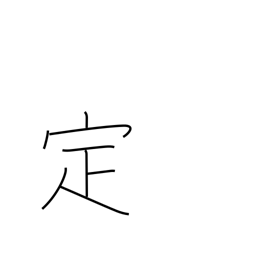
Meaning: determine